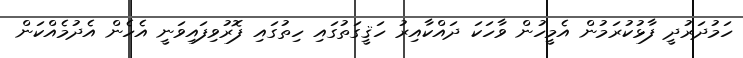
ހަމުދަރުދީ ފާޅުކުރަމުން އެމީހުން ވާހަކަ ދައްކާއިރު ހަޤީގަތުގައި ހިތުގައި ފޮރުވިފައިވަނީ އެހެން އެދުމެއްކަން